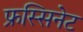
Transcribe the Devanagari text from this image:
फ्रस्सिनेट